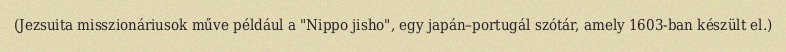
(Jezsuita misszionáriusok műve például a "Nippo jisho", egy japán–portugál szótár, amely 1603-ban készült el.)